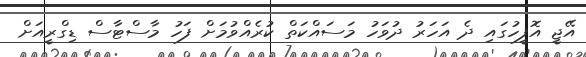
އޭޖީ އޮފީހުގައި ދެ އަހަރު ދުވަހު މަސައްކަތް ކުރެއްވުމަށް ފަހު މާސްޓާސް ޑިގްރީއަށް